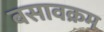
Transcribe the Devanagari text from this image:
बसावक्रम